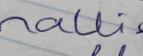
Signature authenticity: forged